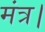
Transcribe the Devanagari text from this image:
मंत्र।